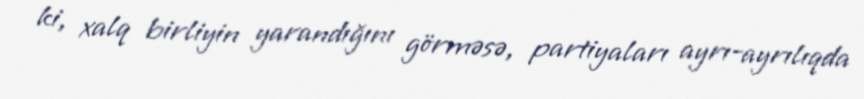
ki, xalq birliyin yarandığını görməsə, partiyaları ayrı-ayrılıqda